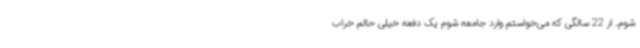
شوم. از 22 سالگی که می‌خواستم وارد جامعه شوم یک دفعه خیلی حالم خراب